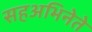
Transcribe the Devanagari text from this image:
सहअभिनेते